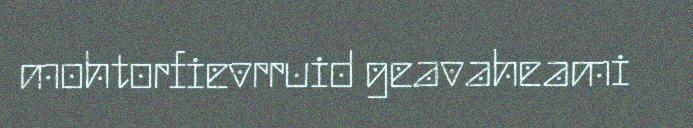
mohtorfievrruid geavaheami